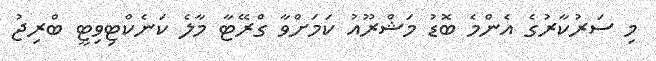
މި ސަރުކާރުގެ އެންމެ ބޮޑު މަޝްރޫއު ކަމަށްވާ ގްރޭޓާ މާލެ ކަނެކްޓިވިޓީ ބްރިޖު